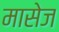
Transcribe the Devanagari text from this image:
मासेज